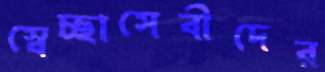
স্বেচ্ছাসেবীদের